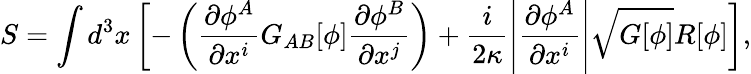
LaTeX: S=\int d^{3}x\left[-\left(\frac{\partial\phi^{A}}{\partial x^{i}}G_{AB}[\phi]\frac{\partial\phi^{B}}{\partial x^{j}}\right)+\frac{i}{2\kappa}\left|\frac{\partial\phi^{A}}{\partial x^{i}}\right|\sqrt{G[\phi]}R[\phi]\right],